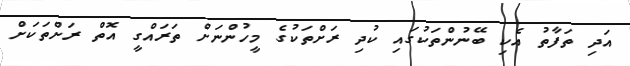
އަދި ތަފާތު އެކި ބޭނުންތަކުގައި ކުދި ރަށްތަކުގެ މީހުންނަށް ތަރައްގީ އޮތް ރަށްތަކަށް